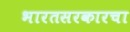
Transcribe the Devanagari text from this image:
भारतसरकारचा